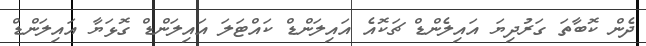
ދެން ކޮބާތަ ގަރުދިޔަ އައިލެންޑް ޗަކޮއެ އައިލަންޑް ކައްޓަލަ އައިލަންޑް ގޮޅަޔާ އައިލަންޑް